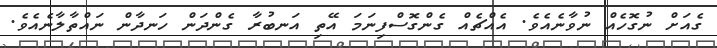
ގެއަށް ނުގޮހެއް ނުވާނެއެވެ. އެއްޗެއް ގެންގޮސްފިނަމަ އޭތި އަނބުރާ ގެންދަން ހަނދާން ނައްތާލާނެއެވެ.